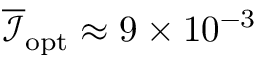
\overline { { \mathcal { I } } } _ { \mathrm { o p t } } \approx 9 \times 1 0 ^ { - 3 }